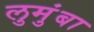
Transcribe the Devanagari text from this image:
लुमुंबा